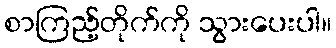
စာကြည့်တိုက်ကို သွားပေးပါ။